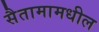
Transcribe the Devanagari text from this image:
सैतामामधील